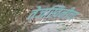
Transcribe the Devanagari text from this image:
तेजस्विनीचा